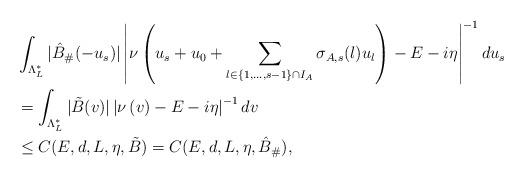
LaTeX: \begin{align*}& \int_{\Lambda_L^*} | \hat{B}_\#( -u_{s}) | \left|\nu\left( u_{s} + u_0 + \sum_{l \in \{1,...,s-1 \} \cap I_A } \sigma_{A , s} (l) u_l \right) - E - i \eta \right|^{-1} d u_{s}\\&=\int_{\Lambda_L^*} | \tilde{B}(v) | \left|\nu\left(v \right) - E - i \eta \right|^{-1} d v \\&\leq C(E,d,L,\eta,\tilde{B}) = {C}(E,d,L,\eta,\hat{B}_\#) ,\end{align*}